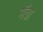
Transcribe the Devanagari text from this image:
गॅवा